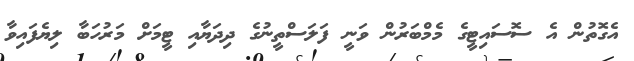
އެގޮތުން އެ ސޮސައިޓީގެ މެމްބަރުން ވަނީ ފަލަސްތީނުގެ ދިދަޔާއި ޓީމަށް މަރުހަބާ ލިޔެފައިވާ